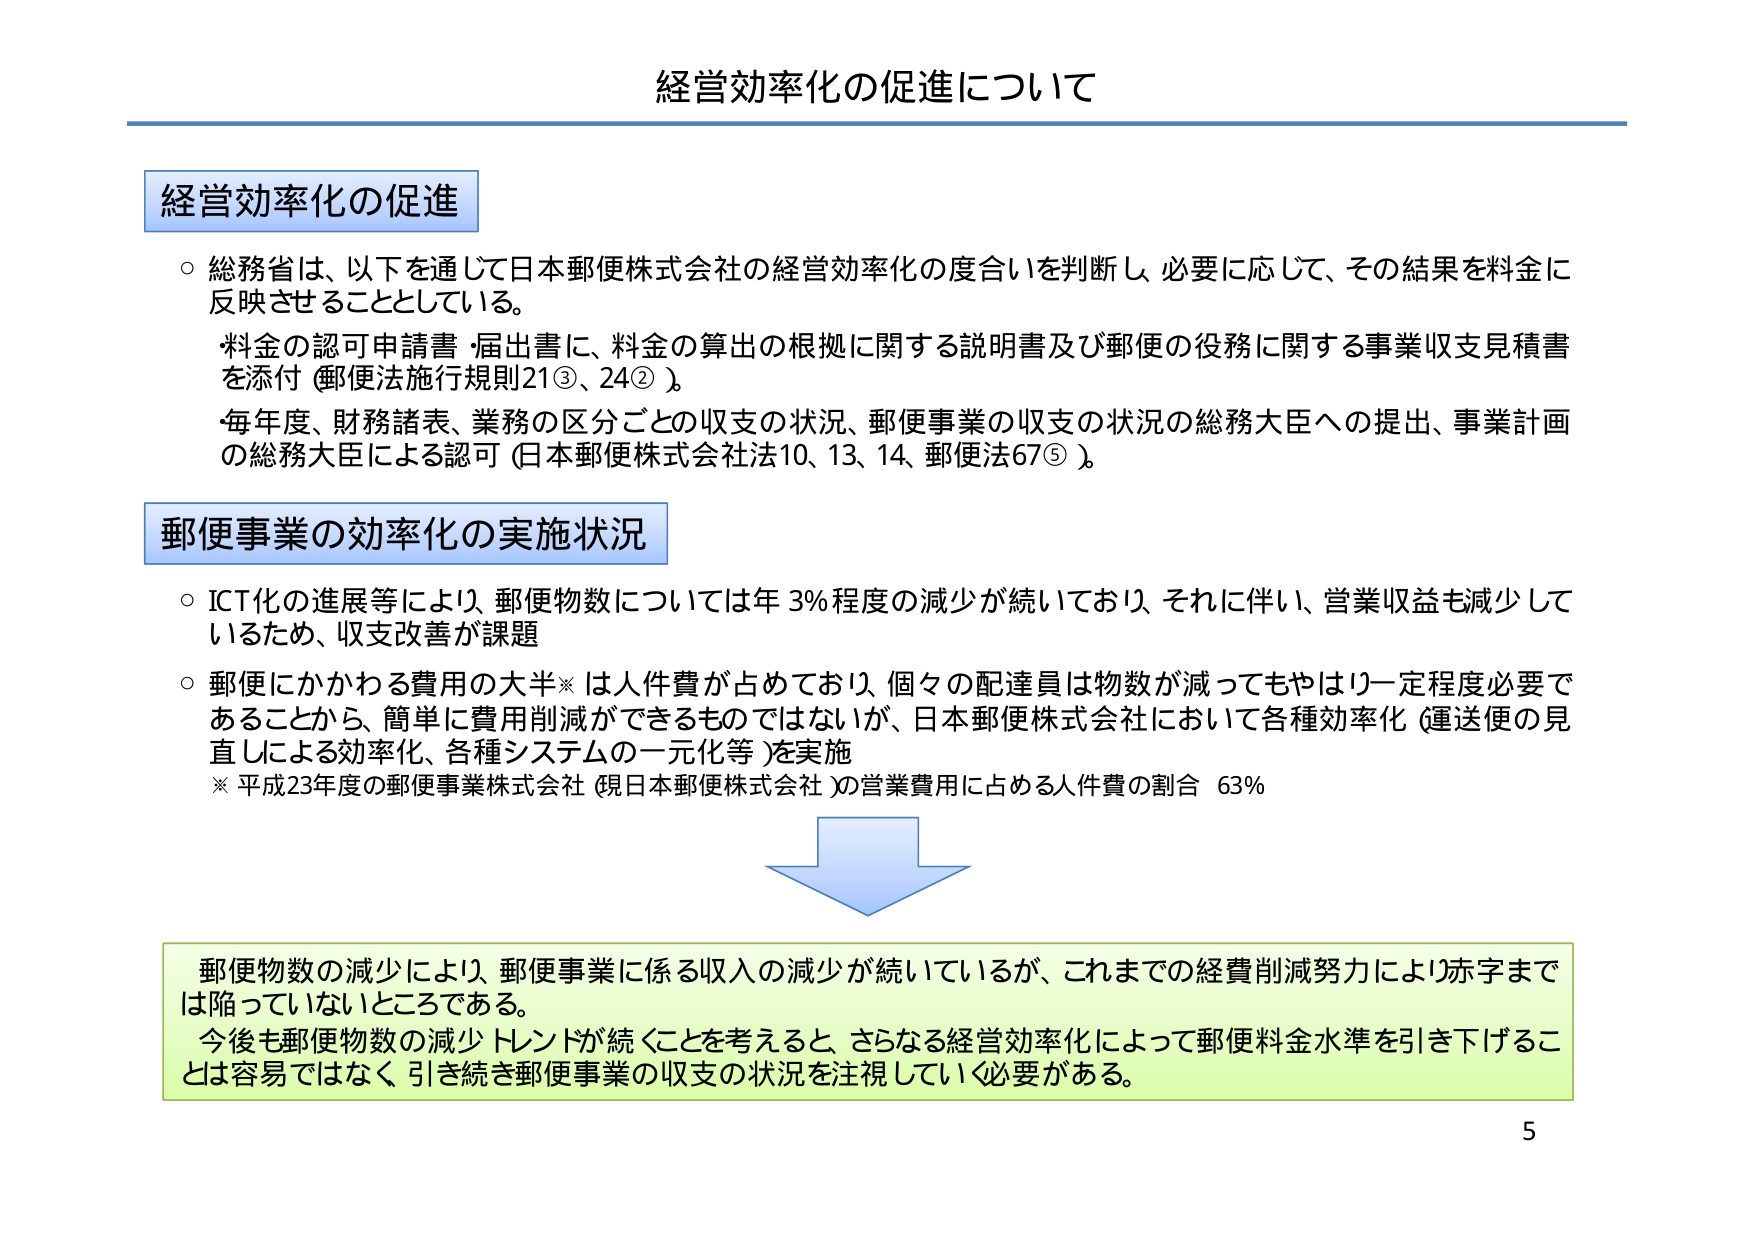
経営効率化の促進について

経営効率化の促進
○ 総務省は、以下を通じて日本郵便株式会社の経営効率化の度合いを判断し、必要に応じて、その結果を料金に反映させることとしている。
・料金の認可申請書・届出書に、料金の算出の根拠に関する説明書及び郵便の役務に関する事業収支見積書を添付（郵便法施行規則21③、24②）。
・毎年度、財務諸表、業務の区分ごとの収支の状況、郵便事業の収支の状況の総務大臣への提出、事業計画の総務大臣による認可（日本郵便株式会社法10、13、14、郵便法67⑤）。

郵便事業の効率化の実施状況
○ ICT化の進展等により、郵便物数については年3％程度の減少が続いており、それに伴い、営業収益も減少しているため、収支改善が課題
○ 郵便にかかわる費用の大半※は人件費が占めており、個々の配達員は物数が減ってもやはり一定程度必要であることから、簡単に費用削減ができるものではないが、日本郵便株式会社において各種効率化（運送便の見直しによる効率化、各種システムの一元化等）を実施
※ 平成23年度の郵便事業株式会社（現日本郵便株式会社）の営業費用に占める人件費の割合 63％

郵便物数の減少により、郵便事業に係る収入の減少が続いているが、これまでの経費削減努力により赤字までは陥っていないところである。
今後も郵便物数の減少トレンドが続くことを考えると、さらなる経営効率化によって郵便料金水準を引き下げることは容易ではなく、引き続き郵便事業の収支の状況を注視していく必要がある。

5